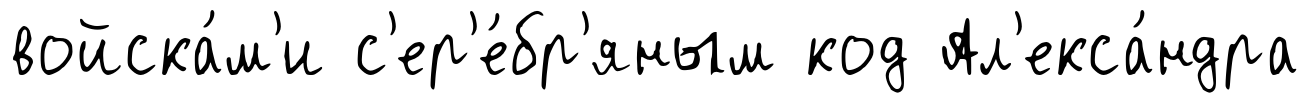
войска́м'и с'ер'е́бр'яным код Ал'екса́ндра